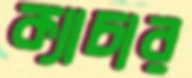
ক্যাচার